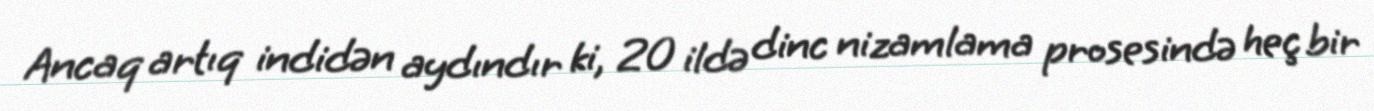
Ancaq artıq indidən aydındır ki, 20 ildə dinc nizamlama prosesində heç bir